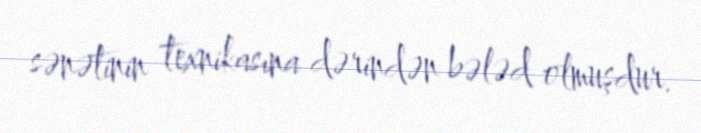
sənətinin texnikasına dərindən bələd olmuşdur.